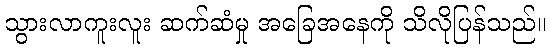
သွားလာကူးလူး ဆက်ဆံမှု အခြေအနေကို သိလိုပြန်သည်။